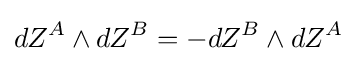
dZ^{A}\wedge dZ^{B}=-dZ^{B}\wedge dZ^{A}